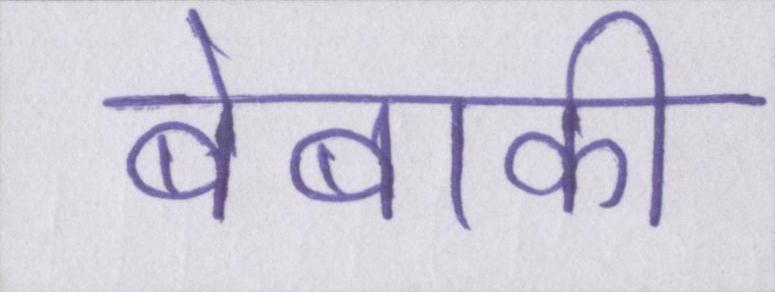
बेबाकी